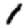
Digit: 1